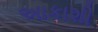
અાકાશી